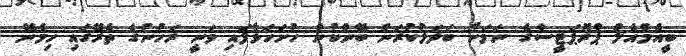
ބީއެމްއެލް ޕްރޮޕަޓީސްގެ ނަމަށް ބަދަލުކުރަން ބޭންކުން ހުށަހަޅާފައި ވަނީ ރަހުނުގެ ތެރޭގައި ހިމެނޭ